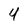
Character: 4